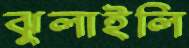
ঝুলাইলি